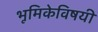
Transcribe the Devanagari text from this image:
भूमिकेविषयी